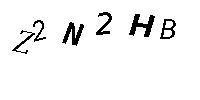
Z2N2HB